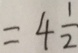
= 4 \frac { 1 } { 2 }